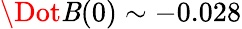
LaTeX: \Dot{\mathit{B}}(0)\sim-0.028